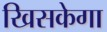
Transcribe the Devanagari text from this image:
खिसकेगा